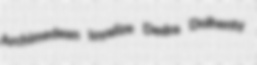
Archimedean loyalize Dedra Dolhenty